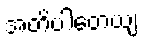
အတိပါတေယျ